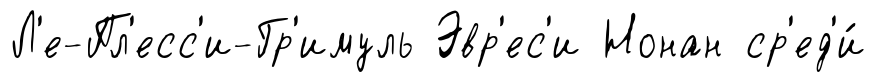
Л'е-Пл'есс'и-Гр'имуль Эвр'ес'и Нонан ср'ед'и́